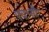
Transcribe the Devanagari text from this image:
एच॰सी॰